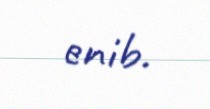
enib.